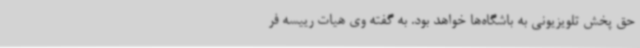
حق پخش تلویزیونی به باشگاه‌ها خواهد بود. به گفته وی هیات رییسه فر